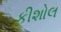
કીશોલ